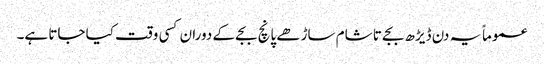
عموماً یہ دن ڈیڑھ بجے تا شام ساڑھے پانچ بجے کے دوران کسی وقت کیا جاتا ہے۔